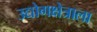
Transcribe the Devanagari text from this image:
उद्योगक्षेत्राला